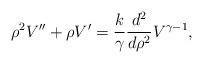
LaTeX: \begin{align*}\rho^2V''+\rho V'={k\over\gamma}{{d^2}\over{d\rho^2}}V^{\gamma-1},\end{align*}